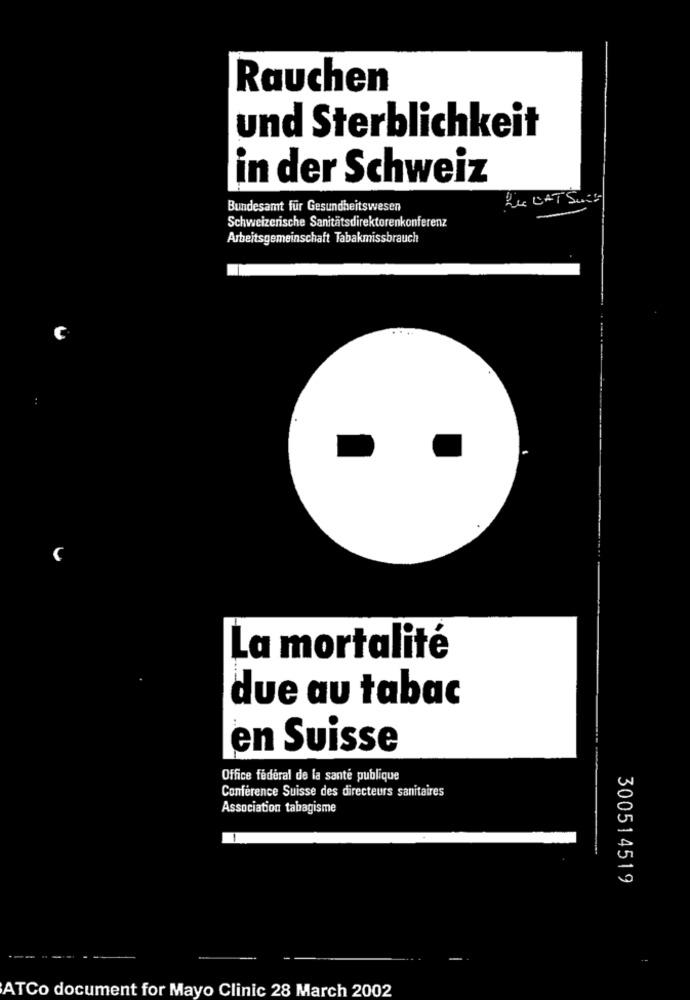
Rauchen
und Sterblichkeit
in der Schweiz
Le DAT SUCH
Bundesamt für Gesundheitswesen
Schweizerische Sanitätsdirektorenkonferenz
Arbeitsgemeinschaft Tabakmissbrauch
La mortalité
due au tabac
en Suisse
Office fédéral de la santé publique
Conférence Suisse des directeurs sanitaires
Association tabagisme
300514519
ATCo document for Mayo Clinic 28 March 2002